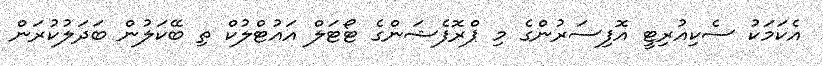
އެކަމަކު ސެކިއުރިޓީ އޮފިސަރުންގެ މި ޕްރޮފެޝަންގެ ޓޯޓަލް އައުޓްލުކް ތި ބޭކަލުން ބަދަލުކުރަން